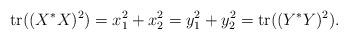
LaTeX: \begin{align*}\mathrm{tr} ( (X^* X)^2) = x_1^2 + x_2^2 = y_1^2 + y_2^2 = \mathrm{tr} ((Y^*Y)^{2}). \end{align*}